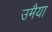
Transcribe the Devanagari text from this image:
उमैया